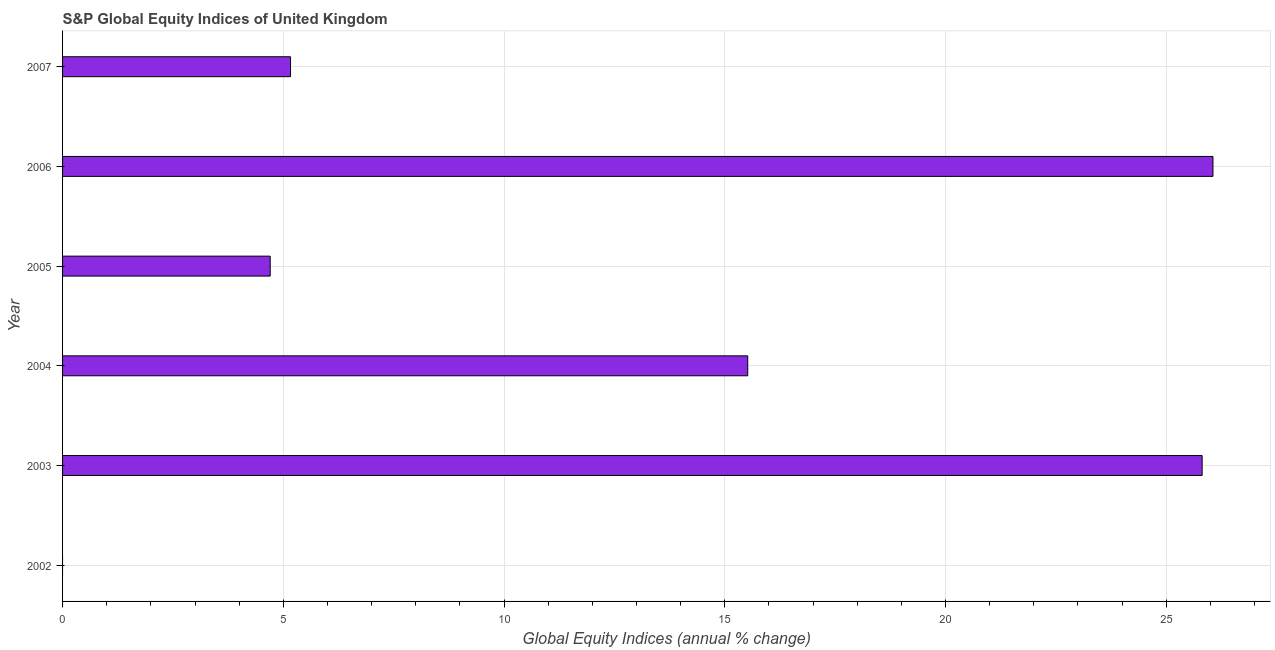
| Year | S&P Global Equity Indices |
 | --- | --- |
 | 2002 | -16.4 |
 | 2003 | 25.8 |
 | 2004 | 15.5 |
 | 2005 | 4.7 |
 | 2006 | 26.1 |
 | 2007 | 5.16 |